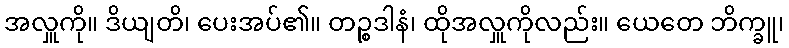
အလှူကို။ ဒိယျတိ၊ ပေးအပ်၏။ တဉ္စဒါနံ၊ ထိုအလှူကိုလည်း။ ယေတေ ဘိက္ခူ၊